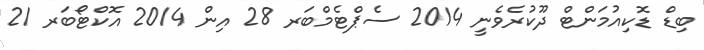
ބިޑް ޑޮކިއުމަންޓް ދޫކުރެވެނީ 2014 ސެޕްޓެމްބަރ 28 އިން 2014 އޮކްޓޯބަރ 21